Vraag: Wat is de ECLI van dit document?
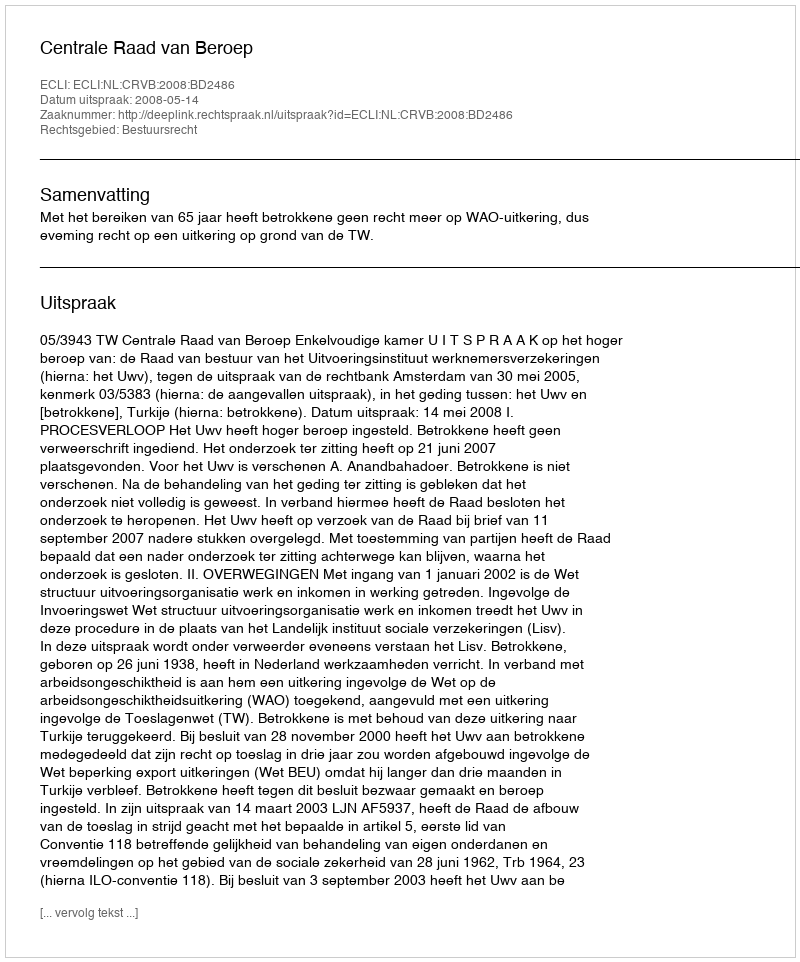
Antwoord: ECLI:NL:CRVB:2008:BD2486